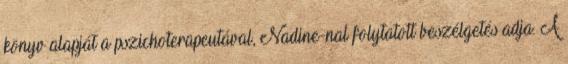
könyv alapját a pszichoterapeutával, Nadine-nal folytatott beszélgetés adja. A